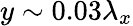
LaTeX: y\sim 0.03\lambda_{x}